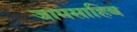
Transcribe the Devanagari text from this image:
जामसाहिब